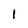
Character: l